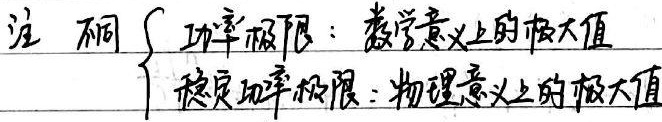
注：不同$\begin{cases}功率极限：\text{数学意义上的极大值}\\ 稳定功率极限：\text{物理意义上的极大值}\end{cases}$